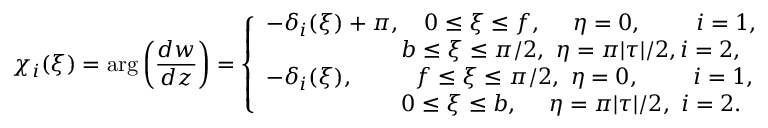
\chi _ { i } ( \xi ) = \arg \left( \frac { d w } { d z } \right) = \left\{ { \begin{array} { l } { - \delta _ { i } ( \xi ) + \pi , \quad 0 \leq \xi \leq f , \quad \, \, \eta = 0 , \quad \quad \, \, i = 1 , } \\ { \qquad \qquad \qquad b \leq \xi \leq \pi / 2 , \, \, \eta = \pi | \tau | / 2 , i = 2 , } \\ { - \delta _ { i } ( \xi ) , \quad \quad \, \, \, \, f \leq \xi \leq \pi / 2 , \, \, \eta = 0 , \quad \quad \, \, i = 1 , } \\ { \qquad \qquad \qquad 0 \leq \xi \leq b , \, \, \quad \eta = \pi | \tau | / 2 , \, \, i = 2 . } \end{array} } \right.